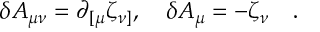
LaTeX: \delta A _ { \mu \nu } = \partial _ { [ \mu } \zeta _ { \nu ] } , \quad \delta A _ { \mu } = - \zeta _ { \nu } \quad .